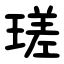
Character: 瑳